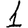
Digit: 1